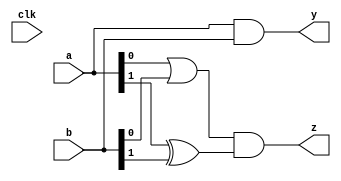
module cpld_example (
    input wire clk,          // Clock input
    input wire [3:0] a,     // 4-bit input
    input wire [3:0] b,     // 4-bit input
    output wire [3:0] y,    // 4-bit output
    output wire z           // Single output
);

// Logic Block 1: 4-input LUT for combinational logic
wire [3:0] lut_out;

// Example combinational logic: y = a & b (bitwise AND)
assign lut_out = a & b;

// Output assignment
assign y = lut_out;

// Additional combinational logic: z = (a[0] | b[0]) & (a[1] ^ b[1])
assign z = (a[0] | b[0]) & (a[1] ^ b[1]);

endmodule